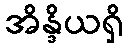
အိန္ဒိယရှိ